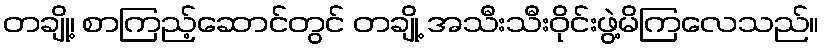
တချို့၊ စာကြည့်ဆောင်တွင် တချို့ အသီးသီးဝိုင်းဖွဲ့မိကြလေသည်။